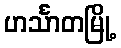
ဟင်္သာတမြို့